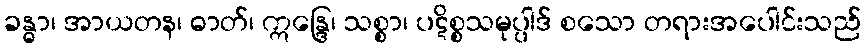
ခန္ဓာ၊ အာယတန၊ ဓာတ်၊ ဣန္ဒြေ၊ သစ္စာ၊ ပဋိစ္စသမုပ္ပါဒ် စသော တရားအပေါင်းသည်